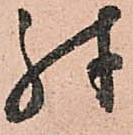
殊